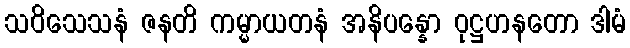
သဝိသေသနံ ဇနတိ ကမ္မာယတနံ အနိပန္နော ဝုဋ္ဌဟနတော ဒါမံ